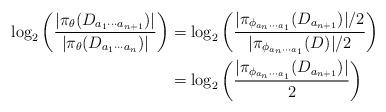
LaTeX: \begin{align*}\log_2\left(\frac{|\pi_{\theta}(D_{a_1\cdots a_{n+1}})|}{|\pi_{\theta}(D_{a_1\cdots a_n})|}\right)&=\log_2\left(\frac{|\pi_{\phi_{a_n\cdots a_1}}(D_{a_{n+1}})|/2}{|\pi_{\phi_{a_n\cdots a_1}}(D)|/2}\right)\\&= \log_2\left(\frac{|\pi_{\phi_{a_n\cdots a_1}}(D_{a_{n+1}})|}{2}\right)\end{align*}